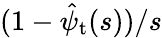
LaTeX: (1-\hat{\psi}_{\mathrm{t}}(s))/s